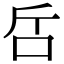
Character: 𠯓